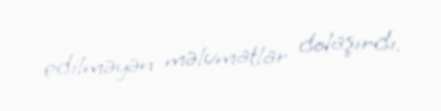
edilməyən məlumatlar dolaşırdı.